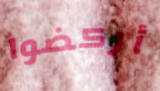
أركضوا